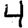
Digit: 4